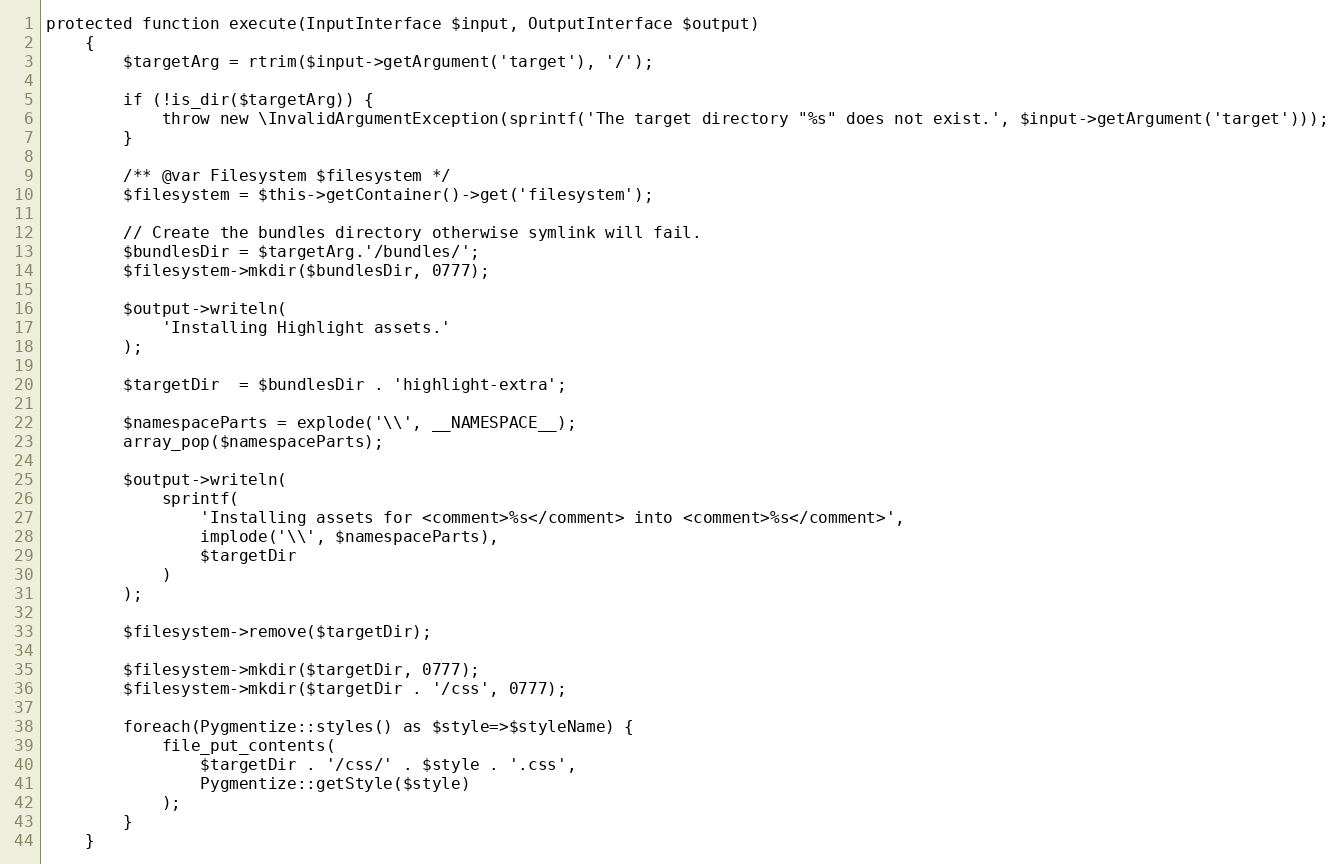
Language: PHP
protected function execute(InputInterface $input, OutputInterface $output)
    {
        $targetArg = rtrim($input->getArgument('target'), '/');

        if (!is_dir($targetArg)) {
            throw new \InvalidArgumentException(sprintf('The target directory "%s" does not exist.', $input->getArgument('target')));
        }

        /** @var Filesystem $filesystem */
        $filesystem = $this->getContainer()->get('filesystem');

        // Create the bundles directory otherwise symlink will fail.
        $bundlesDir = $targetArg.'/bundles/';
        $filesystem->mkdir($bundlesDir, 0777);

        $output->writeln(
            'Installing Highlight assets.'
        );

        $targetDir  = $bundlesDir . 'highlight-extra';

        $namespaceParts = explode('\\', __NAMESPACE__);
        array_pop($namespaceParts);

        $output->writeln(
            sprintf(
                'Installing assets for <comment>%s</comment> into <comment>%s</comment>',
                implode('\\', $namespaceParts),
                $targetDir
            )
        );

        $filesystem->remove($targetDir);

        $filesystem->mkdir($targetDir, 0777);
        $filesystem->mkdir($targetDir . '/css', 0777);

        foreach(Pygmentize::styles() as $style=>$styleName) {
            file_put_contents(
                $targetDir . '/css/' . $style . '.css',
                Pygmentize::getStyle($style)
            );
        }
    }